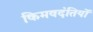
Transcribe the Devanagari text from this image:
किमवदंतियों